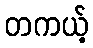
တကယ့်